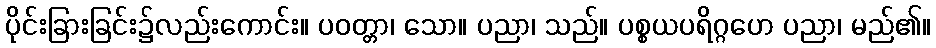
ပိုင်းခြားခြင်း၌လည်းကောင်း။ ပဝတ္တာ၊ သော။ ပညာ၊ သည်။ ပစ္စယပရိဂ္ဂဟေ ပညာ၊ မည်၏။